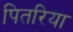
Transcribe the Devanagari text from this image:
पितरिया